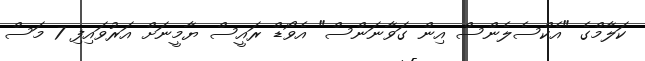
ކަލާމްގެ "އެކްސެލެންސް އިން ގަވާނަންސް" އެވޯޑް ރައީސް ޔާމީނަށް އަރުވައިފި 7 މަސް